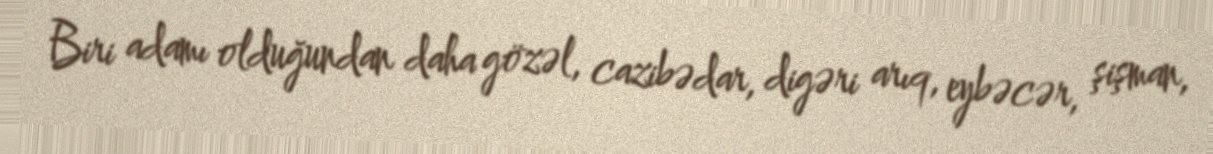
Biri adamı olduğundan daha gözəl, cazibədar, digəri arıq, eybəcər, şişman,